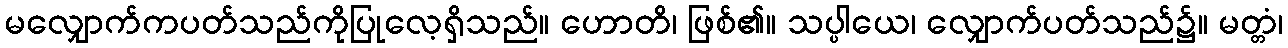
မလျှောက်ကပတ်သည်ကိုပြုလေ့ရှိသည်။ ဟောတိ၊ ဖြစ်၏။ သပ္ပါယေ၊ လျှောက်ပတ်သည်၌။ မတ္တံ၊